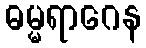
ဓမ္မရာဂေန